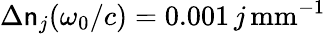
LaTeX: \Delta\mathsf{n}_{j}(\omega_{0}/c)=0.001\, j\, \textrm{{mm}}^{-1}